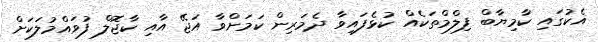
އެކުގައި ކާމިޔާބް ފިލްމްތަކެއް ކުޅެފައިވާ ދެމަރިން ކަމަށްވާ އަޖޭ އާއި ކާޖޮލް ފުވައްމުލަކަށް